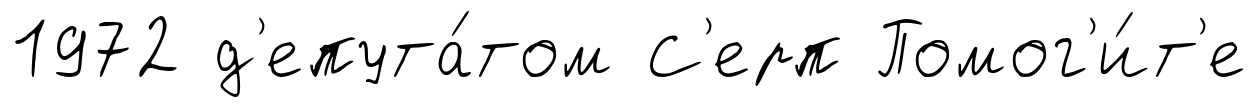
1972 д'епута́том С'ерп Помог'и́т'е